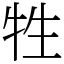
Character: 牲